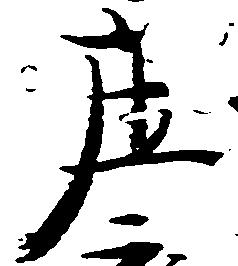
庄